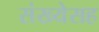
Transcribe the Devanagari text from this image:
संख्येसह